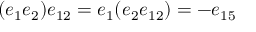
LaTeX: ( e _ { 1 } e _ { 2 } ) e _ { 1 2 } = e _ { 1 } ( e _ { 2 } e _ { 1 2 } ) = - e _ { 1 5 }